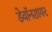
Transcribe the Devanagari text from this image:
डेवॉनशायर